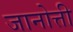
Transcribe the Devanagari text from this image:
जानोत्ती